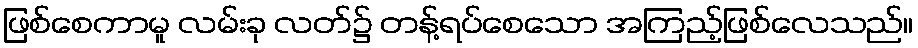
ဖြစ်စေကာမူ လမ်းခု လတ်၌ တန့်ရပ်စေသော အကြည့်ဖြစ်လေသည်။